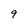
Character: 9